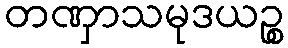
တဏှာသမုဒယဉ္စ